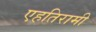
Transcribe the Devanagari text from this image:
एहतिरामी